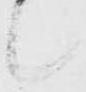
候